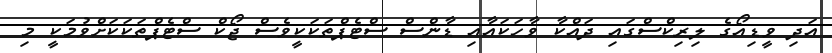
އަދި ވީޑިއޯގެ ލިރިކްސްގައި ދައްކާ ވާހަކައާއި ޑާންސް ސްޓެޕްތަކަކީވެސް ޖޯކް ސްޓެޕްތަކަކަށްވުމަކީ މި